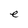
Character: e